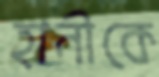
হানীকে